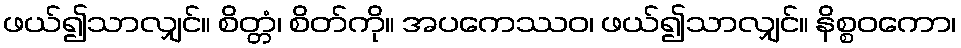
ဖယ်၍သာလျှင်။ စိတ္တံ၊ စိတ်ကို။ အပကေဿဝ၊ ဖယ်၍သာလျှင်။ နိစ္စဝကော၊